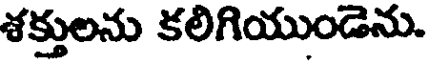
శక్తులను కలిగియుండెను.